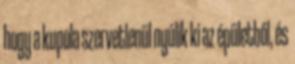
hogy a kupola szervetlenül nyúlik ki az épületből, és